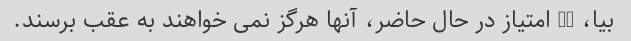
بیا، 18 امتیاز در حال حاضر، آنها هرگز نمی خواهند به عقب برسند.